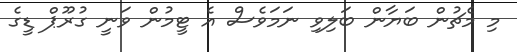
މި މެޗުން ބަޔާން ބަލިވި ނަމަވެސް އެ ޓީމުން ވަނީ ގުރޫޕް ޑީގެ